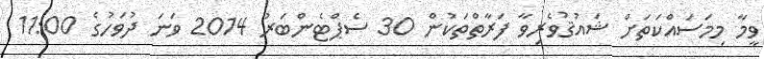
ވީމާ މިމަސައްކަތަށް ޝައުޤުވެރިވާ ފަރާތްތަކުން 30 ސެޕްޓެންބަރު 2014 ވަނަ ދުވަހުގެ 11:00